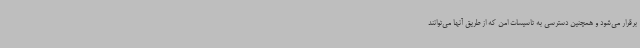
برقرار می‌شود و همچنین دسترسی به تاسیسات امن که از طریق آنها می‌توانند